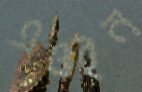
এওইন